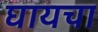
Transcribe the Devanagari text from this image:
घायचा